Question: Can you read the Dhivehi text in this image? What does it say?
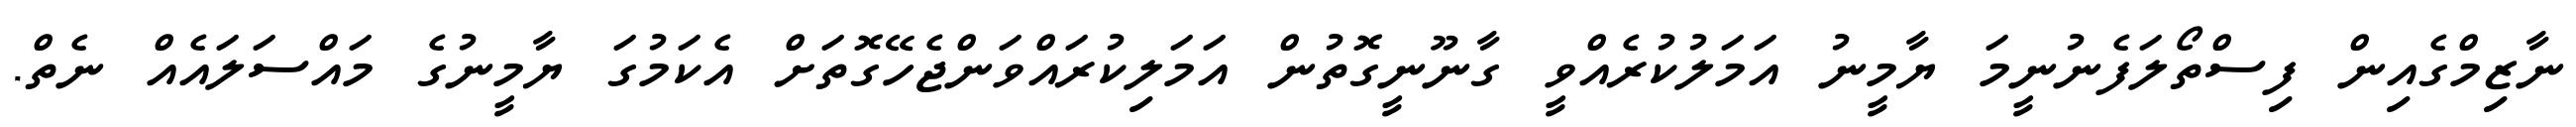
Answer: ނާޒިމްގެއިން ފިސްތޯލަފެނުނީމަ ޔާމީނު އަމަލުކުރެއްވީ ގާނޫނީގޮތުން އަމަލިކުރައްވަންޖެހޭގޮތަށް އެކަމުގަ ޔާމީނުގެ މައްސަލައެއް ނެތް.